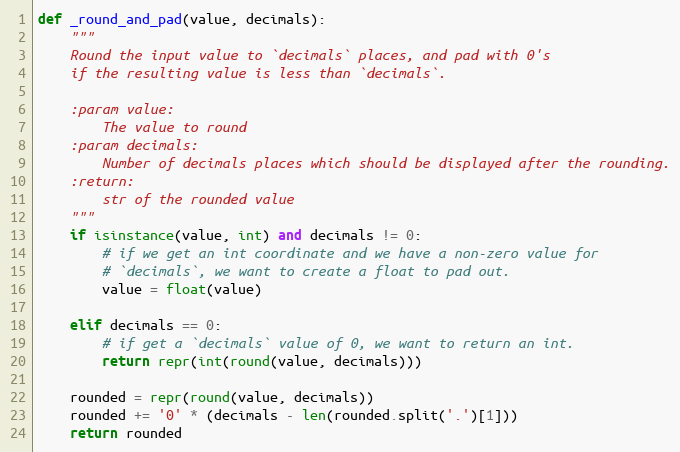
Language: Python
def _round_and_pad(value, decimals):
    """
    Round the input value to `decimals` places, and pad with 0's
    if the resulting value is less than `decimals`.

    :param value:
        The value to round
    :param decimals:
        Number of decimals places which should be displayed after the rounding.
    :return:
        str of the rounded value
    """
    if isinstance(value, int) and decimals != 0:
        # if we get an int coordinate and we have a non-zero value for
        # `decimals`, we want to create a float to pad out.
        value = float(value)

    elif decimals == 0:
        # if get a `decimals` value of 0, we want to return an int.
        return repr(int(round(value, decimals)))

    rounded = repr(round(value, decimals))
    rounded += '0' * (decimals - len(rounded.split('.')[1]))
    return rounded